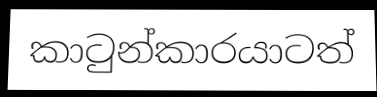
කාටුන්කාරයාටත්